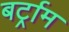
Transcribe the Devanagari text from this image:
बर्ट्राम